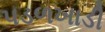
પડળખાડી